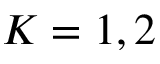
K = 1 , 2